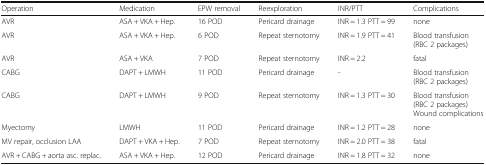
<table><thead><tr><td><b>Operation</b></td><td><b>Medication</b></td><td><b>EPW removal</b></td><td><b>Reexploration</b></td><td><b>INR/PTT</b></td><td><b>Complications</b></td></tr></thead><tbody><tr><td>AVR</td><td>ASA + VKA + Hep.</td><td>16 POD</td><td>Pericard drainage</td><td>INR = 1.3 PTT = 99</td><td>none</td></tr><tr><td>AVR</td><td>ASA + VKA + Hep.</td><td>6 POD</td><td>Repeat sternotomy</td><td>INR = 1.9 PTT = 41</td><td>Blood transfusion (RBC 2 packages)</td></tr><tr><td>AVR</td><td>ASA + VKA</td><td>7 POD</td><td>Repeat sternotomy</td><td>INR = 2.2</td><td>fatal</td></tr><tr><td>CABG</td><td>DAPT + LMWH</td><td>11 POD</td><td>Pericard drainage</td><td>-</td><td>Blood transfusion (RBC 2 packages)</td></tr><tr><td>CABG</td><td>DAPT + LMWH</td><td>9 POD</td><td>Repeat sternotomy</td><td>INR = 1.3 PTT = 30</td><td>Blood transfusion (RBC 2 packages) Wound complications</td></tr><tr><td>Myectomy</td><td>LMWH</td><td>11 POD</td><td>Pericard drainage</td><td>INR = 1.2 PTT = 28</td><td>none</td></tr><tr><td>MV repair, occlusion LAA</td><td>DAPT + VKA + Hep.</td><td>7 POD</td><td>Repeat sternotomy</td><td>INR = 2.0 PTT = 38</td><td>fatal</td></tr><tr><td>AVR + CABG + aorta asc. replac.</td><td>ASA + VKA + Hep.</td><td>12 POD</td><td>Pericard drainage</td><td>INR = 1.8 PTT = 32</td><td>none</td></tr></tbody></table>